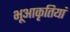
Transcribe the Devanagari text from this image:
भूआकृतियां